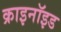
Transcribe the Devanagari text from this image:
क्राइनॉइड